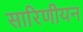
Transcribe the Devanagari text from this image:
सारिणीयन